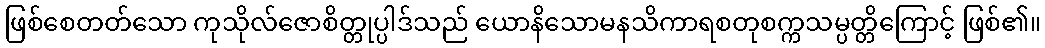
ဖြစ်စေတတ်သော ကုသိုလ်ဇောစိတ္တုပ္ပါဒ်သည် ယောနိသောမနသိကာရစတုစက္ကသမ္ပတ္တိကြောင့် ဖြစ်၏။